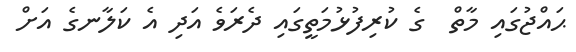
ޙައްޖުގައި މާތް  ގެ ކުރިފުޅުމަތީގައި ދެރަވެ އަދި އެ ކަލާނގެ އަށް